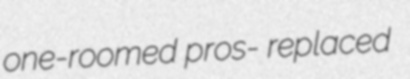
one-roomed pros- replaced